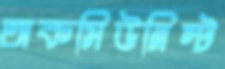
অকমিউনিস্ট